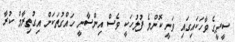
ސީޕީގެ ވާހަކައިގައި ވަނީ ކޮންމެ ފުލުހަކީ ވެސް އިންސާނީ ހައްގުތަކަށް އިގުތިރާމް ކުރާ